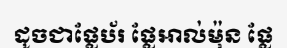
ដូចជាផ្លែប័រ ផ្លែអាល់ម៉ុន ផ្លែ